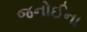
જનોઈના